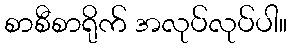
စာစီစာရိုက် အလုပ်လုပ်ပါ။